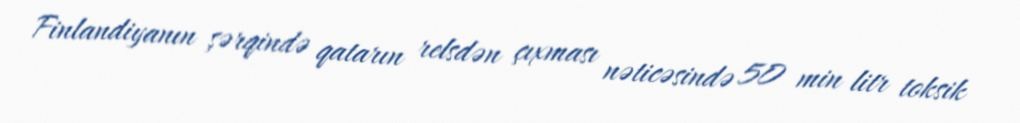
Finlandiyanın şərqində qatarın relsdən çıxması nəticəsində 50 min litr toksik